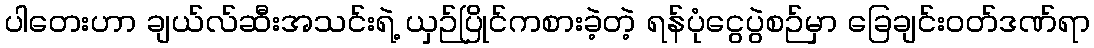
ပါတေးဟာ ချယ်လ်ဆီးအသင်းရဲ့ ယှဉ်ပြိုင်ကစားခဲ့တဲ့ ရန်ပုံငွေပွဲစဉ်မှာ ခြေချင်းဝတ်ဒဏ်ရာ